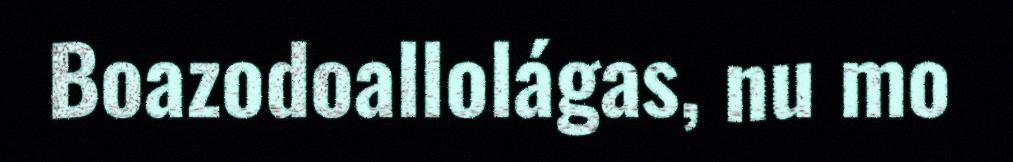
Boazodoallolágas, nu mo